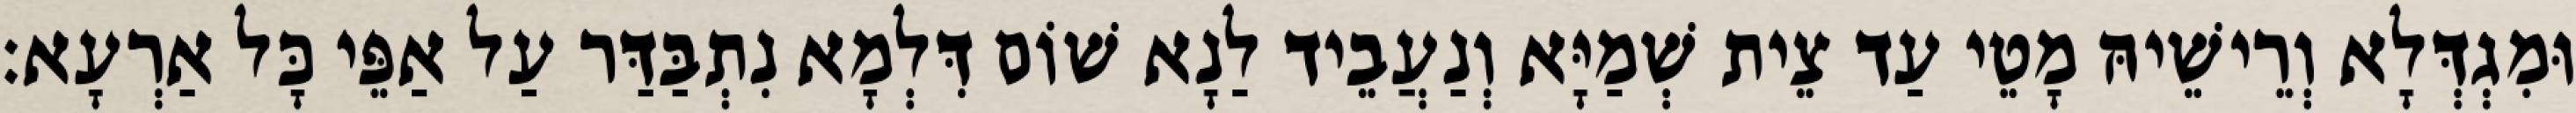
וּמִגְדְּלָא וְרֵישֵׁיהּ מָטֵי עַד צֵית שְׁמַיָּא וְנַעֲבֵיד לַנָא שׁוֹם דִּלְמָא נִתְבַּדַּר עַל אַפֵּי כָּל אַרְעָא׃